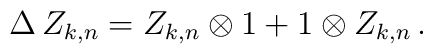
\Delta \, Z_{k,n} = Z_{k,n} \otimes 1 + 1 \otimes Z_{k,n} \, .